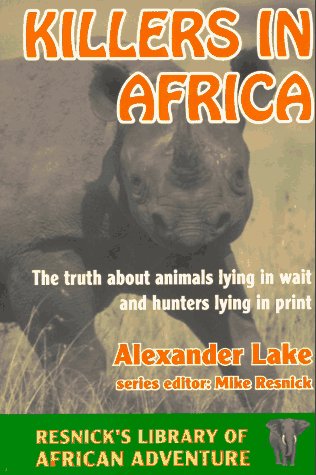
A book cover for Killers in Africa: The Truth About Animals Lying in Wait and Hunters Lying in Print (Resnick's Library of African Adventure); Alexander Lake; Sports & Outdoors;